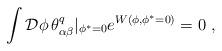
LaTeX: \begin{align*}\int {\cal D}\phi\, \theta^q_{\alpha \beta }|_{\phi ^*=0}e^{W(\phi ,\phi^*=0)}=0\ , \end{align*}